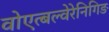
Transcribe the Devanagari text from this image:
वोएत्बल्वेरेनिगिङ